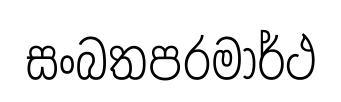
සංබතපරමාර්ථ